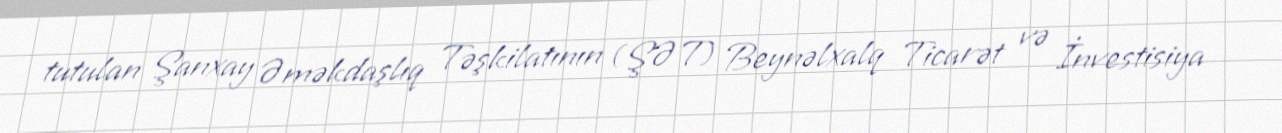
tutulan Şanxay Əməkdaşlıq Təşkilatının (ŞƏT) Beynəlxalq Ticarət və İnvestisiya